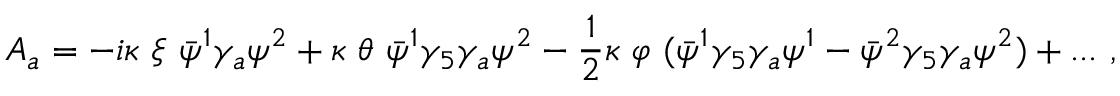
A _ { a } = - i \kappa \ \xi \ \bar { \psi } ^ { 1 } \gamma _ { a } \psi ^ { 2 } + \kappa \ \theta \ \bar { \psi } ^ { 1 } \gamma _ { 5 } \gamma _ { a } \psi ^ { 2 } - { \frac { 1 } { 2 } } \kappa \ \varphi \ ( \bar { \psi } ^ { 1 } \gamma _ { 5 } \gamma _ { a } \psi ^ { 1 } - \bar { \psi } ^ { 2 } \gamma _ { 5 } \gamma _ { a } \psi ^ { 2 } ) + . . . \ , \,